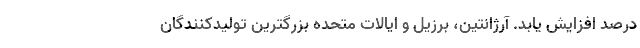
درصد افزایش یابد. آرژانتین، برزیل و ایالات متحده بزرگترین تولیدکنندگان